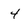
Character: 4